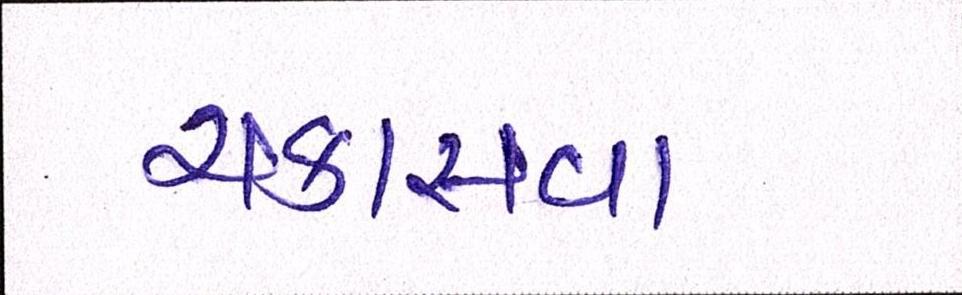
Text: ચકાસવા